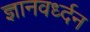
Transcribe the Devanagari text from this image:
ज्ञानवर्ध्दन